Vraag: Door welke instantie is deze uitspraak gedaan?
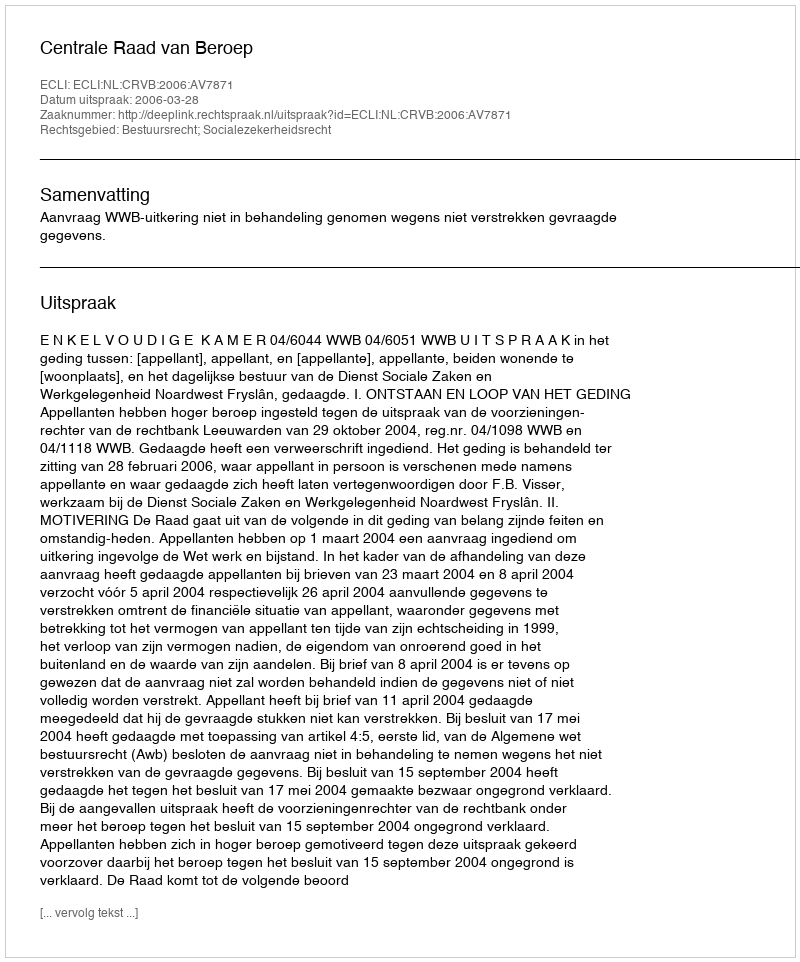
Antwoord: Centrale Raad van Beroep